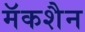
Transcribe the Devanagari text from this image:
मॅकशैन